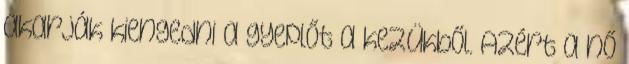
akarják kiengedni a gyeplőt a kezükből. Azért a nő